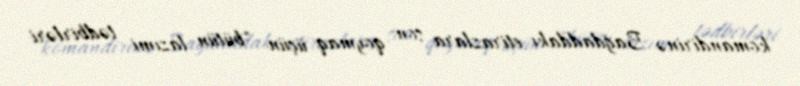
komandirinə Bağdaddakı etirazlara son qoymaq üçün "bütün lazımi tədbirləri